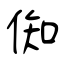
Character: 倁